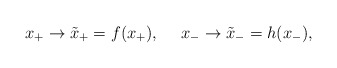
\begin{align*}x_+ \rightarrow {\tilde x}_+ = f (x_+),{}~~~~x_- \rightarrow {\tilde x}_- = h (x_-),\end{align*}